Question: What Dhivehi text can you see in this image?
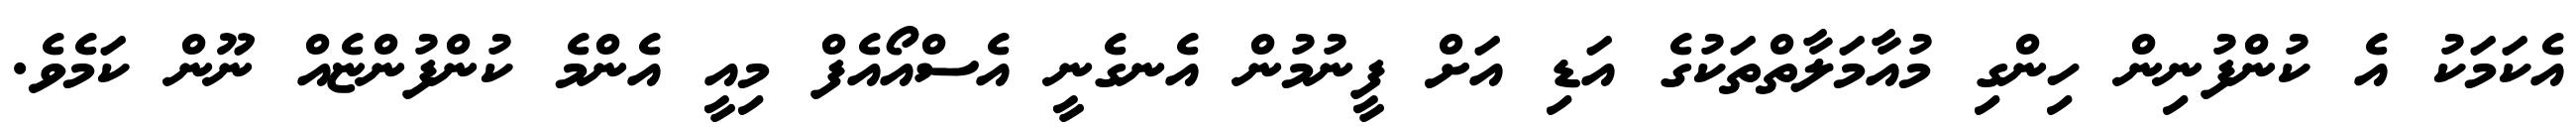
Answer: އެކަމަކު އެ ކުންފުނިން ހިންގި މުއާމަލާތްތަކުގެ އަޑި އަށް ފީނުމުން އެނގެނީ އެސްއޯއެފް މިއީ އެންމެ ކުންފުންޏެއް ނޫން ކަމެވެ.